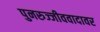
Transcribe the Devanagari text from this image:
पुनरुज्जीववादावर